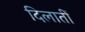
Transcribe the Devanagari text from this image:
दिलातीं